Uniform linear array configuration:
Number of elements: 8
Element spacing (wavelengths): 0.75
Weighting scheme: exponential
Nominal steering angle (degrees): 45
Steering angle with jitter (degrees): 44.534
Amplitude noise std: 0.05
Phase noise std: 0.05

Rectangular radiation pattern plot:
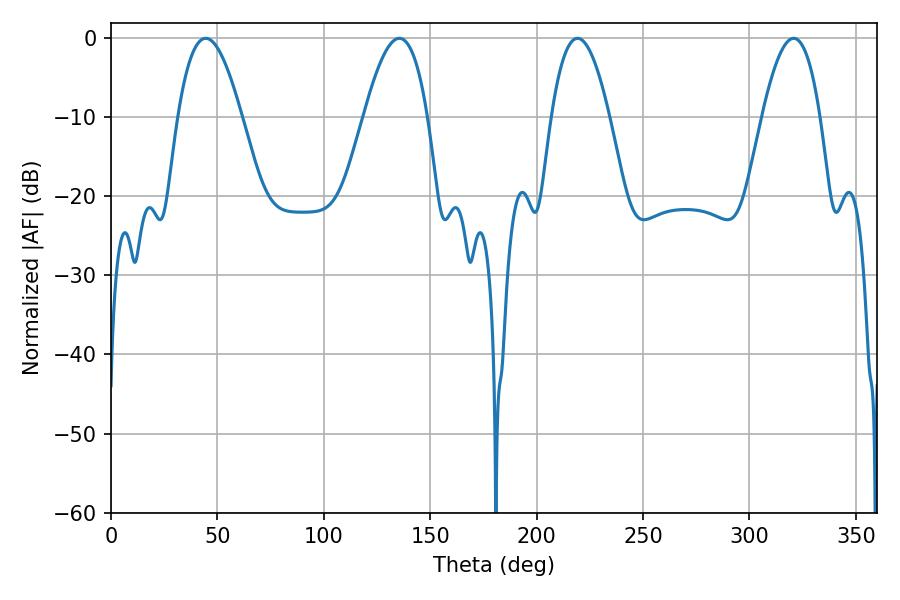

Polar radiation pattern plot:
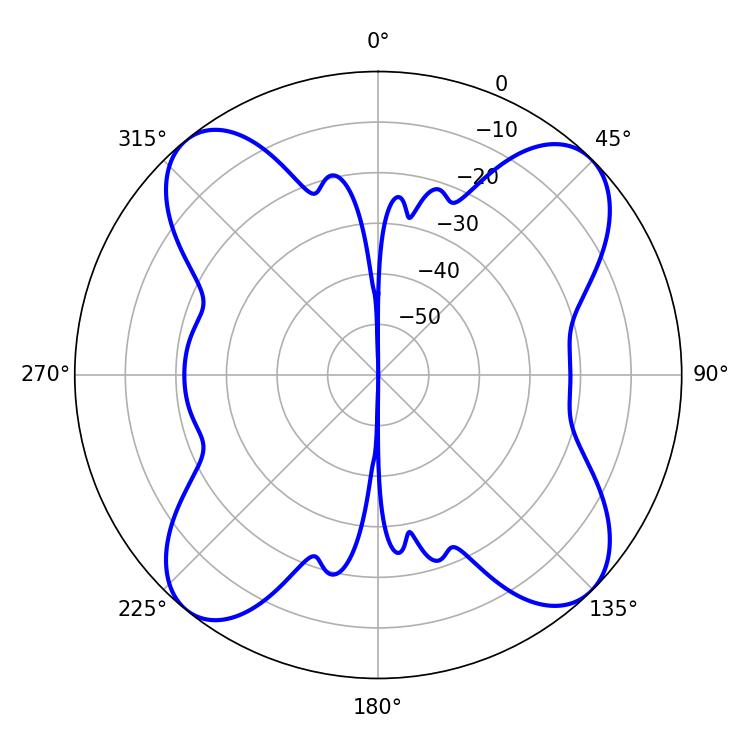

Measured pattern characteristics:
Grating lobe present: TRUE
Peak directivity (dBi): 14.024
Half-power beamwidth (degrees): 14.94
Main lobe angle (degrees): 219.24